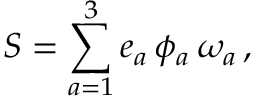
S = \sum _ { a = 1 } ^ { 3 } e _ { a } \, \phi _ { a } \, \omega _ { a } \, ,